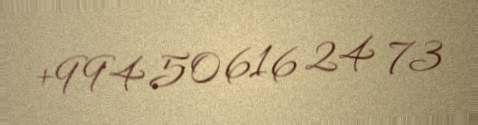
+994 50 616 24 73